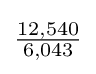
{\tfrac {12,540}{6,043}}